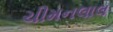
ચીમનલાલ